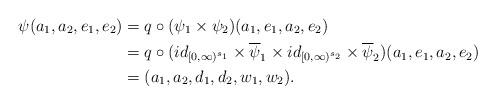
LaTeX: \begin{align*}\psi(a_1,a_2,e_1,e_2) &= q \circ (\psi_1 \times \psi_2)(a_1,e_1,a_2,e_2)\\&= q \circ (id_{[0,\infty)^{s_1}} \times \overline{\psi}_1 \times id_{[0,\infty)^{s_2}} \times \overline{\psi}_2)(a_1,e_1,a_2,e_2)\\&= (a_1,a_2,d_1,d_2,w_1,w_2).\end{align*}